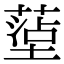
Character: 𫮤